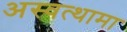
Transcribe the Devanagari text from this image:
अस्वत्थामा